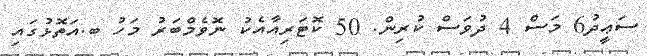
ސަޢީދު6 މަސް 4 ދުވަސް ކުރިން. 50 ކޮޓަރިއާއެކު ނޮވެމްބަރު މަހު ބ.އަތޮޅުގައި